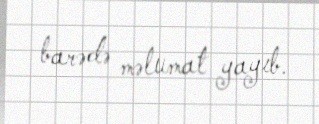
barədə məlumat yayıb.